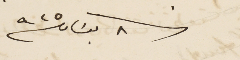
فى ٨ نيسان سنة ٩٢٥